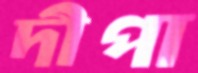
দীপা